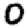
Digit: 0